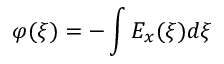
\varphi ( \xi ) = - \int E _ { x } ( \xi ) d \xi